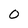
Character: 0